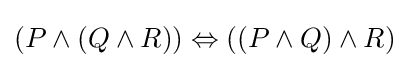
(P\land (Q\land R))\Leftrightarrow ((P\land Q)\land R)